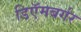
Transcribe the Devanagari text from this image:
डिऍमबर्गर